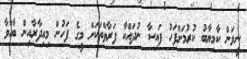
ނީލަން ކާމިޔާބު ކުރުމަށްފަހު ފައިސާ ނުދައްކާ ފަރާތްތަކަށް މީގެ ފަހުން މިއިދާރާއިން ބާއްވާ